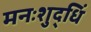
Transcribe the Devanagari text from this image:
मनःशुद्धिं